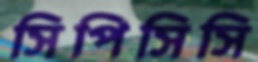
সিপিসিসি